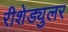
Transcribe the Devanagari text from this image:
रीशेड्युलर